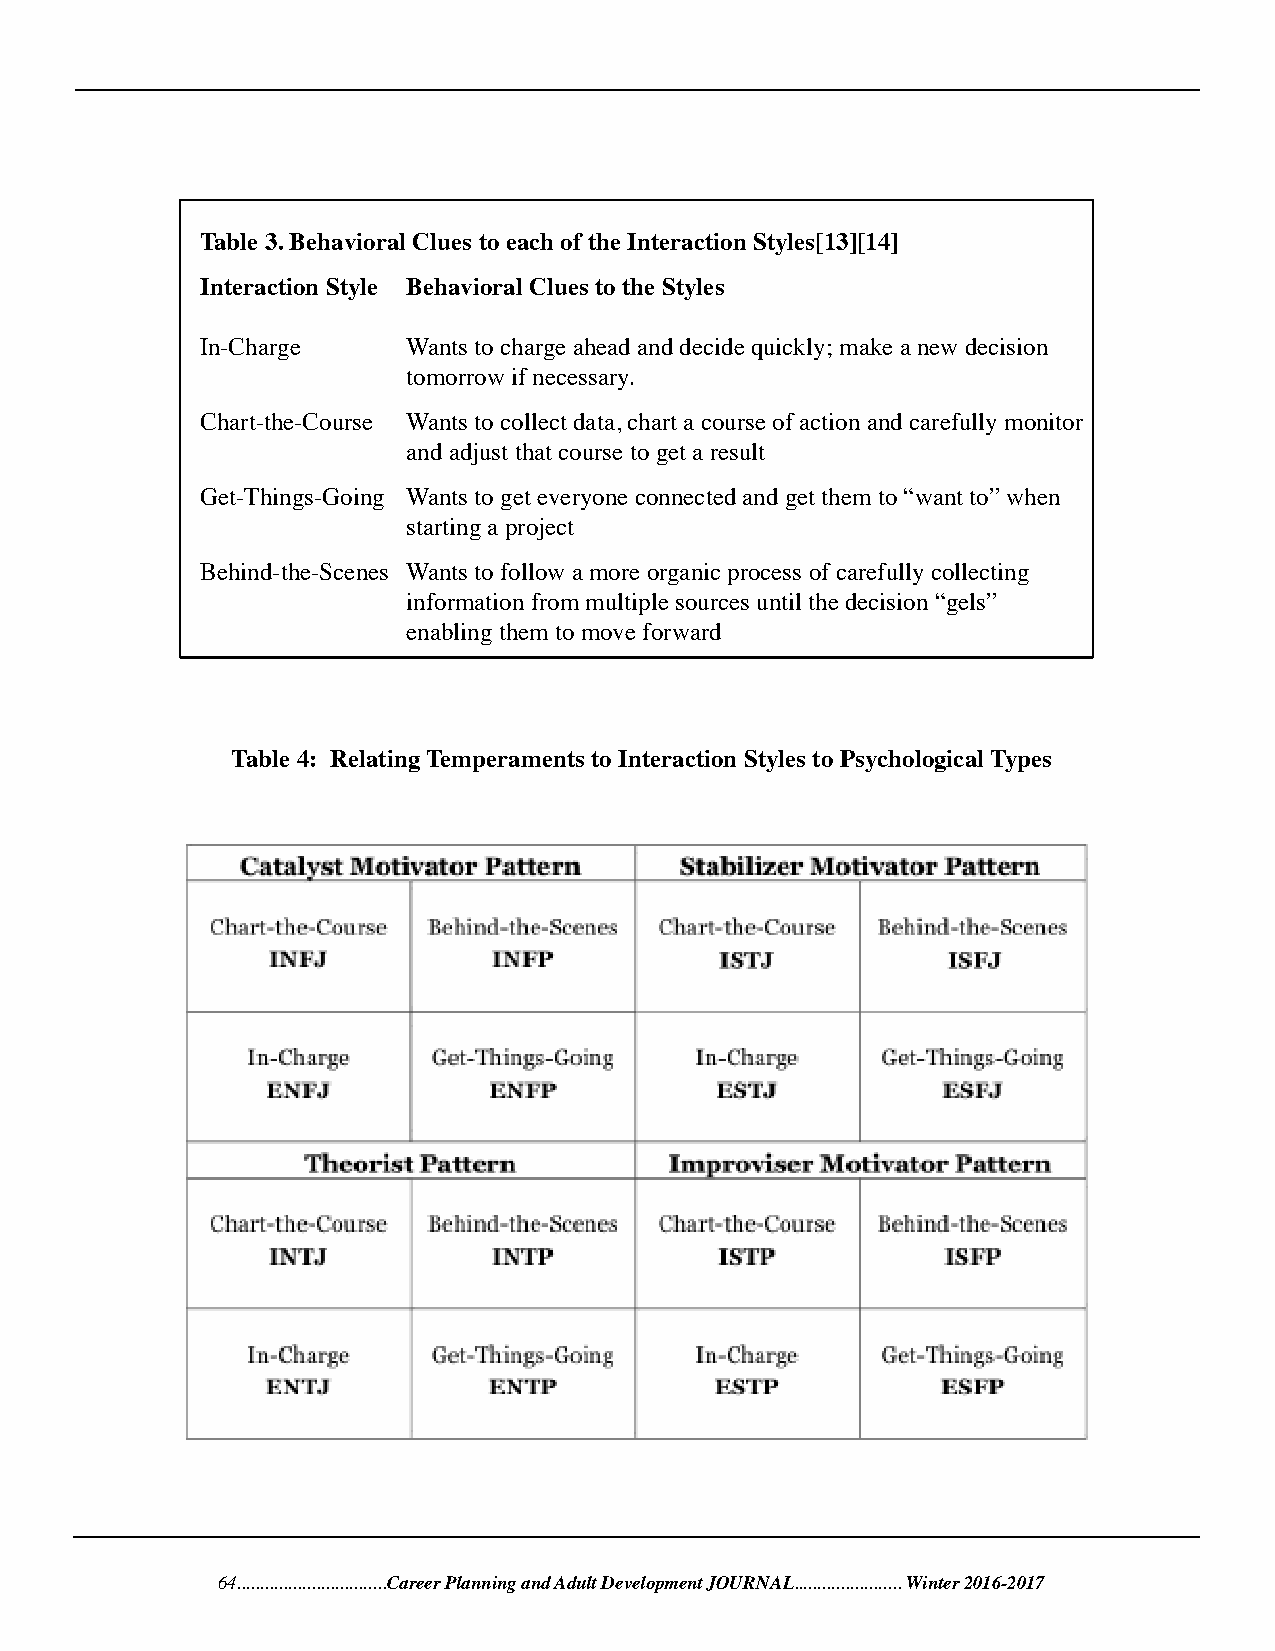
Table 3. Behavioral Clues to each of the Interaction Styles[13][14]
 Interaction Style Behavioral Clues to the Styles
 In-Charge     Wants to charge ahead and decide quickly; make a new decision
 tomorrow if necessary.
 Chart-the-Course Wants to collect data, chart a course of action and carefully monitor
 and adjust that course to get a result
 Get-Things-Going Wants to get everyone connected and get them to “want to” when
 starting a project
 Behind-the-Scenes Wants to follow a more organic process of carefully collecting
 information from multiple sources until the decision “gels”
 enabling them to move forward
 Table 4: Relating Temperaments to Interaction Styles to Psychological Types
 64................................Career Planning and Adult Development JOURNAL....................... Winter 2016-2017